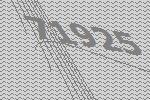
71925